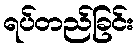
ရပ်တည်ခြင်း